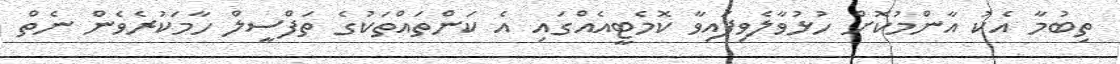
ތިބުމާ އެކު އާންމުކޮށް ހުޅުވާލެވިފައިވާ ކޮމެޓީއެއްގައި އެ ކަންތައްތަކުގެ ތަފްސީލް ހާމަކުރެވެން ނެތް